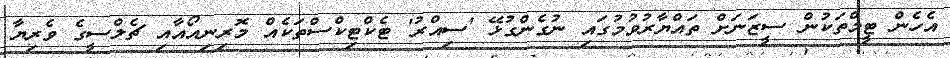
އެހެން ޓީމްތަކުން ސީޒަނަށް ތައްޔާރުވުމުގައި ނުގެންގުޅޭ 'ސިއްރު' ޓެކްޓިކްސްތަކެއް މޮރިނިއޯއާއި ޗެލްސީގެ ވެރިޔާ